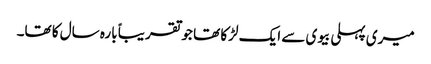
میری پہلی بیوی سے ایک لڑکا تھا جو تقریباً بارہ سال کا تھا۔